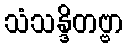
သံသန္ဒိတဗ္ဗာ